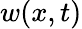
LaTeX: w(x,t)